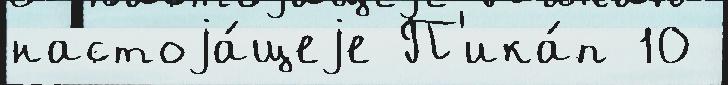
настоjа́щеjе П'ика́п 10